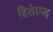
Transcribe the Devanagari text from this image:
दिशेरगढ़